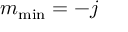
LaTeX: m _ { \mathrm { m i n } } = - j